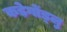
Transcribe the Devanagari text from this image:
कड़ेगोंड्लु